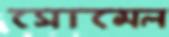
সোমেল